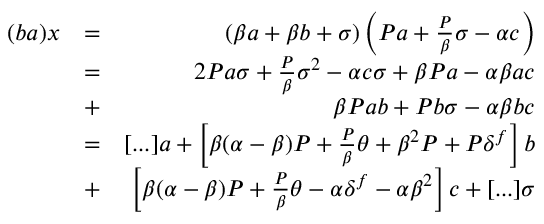
\begin{array} { r l r } { ( b a ) x } & { = } & { \left( \beta a + \beta b + \sigma \right) \left( P a + \frac { P } { \beta } \sigma - \alpha c \right) } \\ & { = } & { 2 P a \sigma + \frac { P } { \beta } \sigma ^ { 2 } - \alpha c \sigma + \beta P a - \alpha \beta a c } \\ & { + } & { \beta P a b + P b \sigma - \alpha \beta b c } \\ & { = } & { [ . . . ] a + \left[ \beta ( \alpha - \beta ) P + \frac { P } { \beta } \theta + \beta ^ { 2 } P + P \delta ^ { f } \right] b } \\ & { + } & { \left[ \beta ( \alpha - \beta ) P + \frac { P } { \beta } \theta - \alpha \delta ^ { f } - \alpha \beta ^ { 2 } \right] c + [ . . . ] \sigma } \end{array}